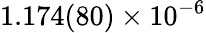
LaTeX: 1.174(80)\times 10^{-6}